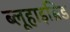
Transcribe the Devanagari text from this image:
ब्लूहाइब्रिड